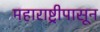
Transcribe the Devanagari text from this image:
महाराष्ट्रीपासून